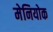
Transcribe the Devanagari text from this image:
मेनियोक